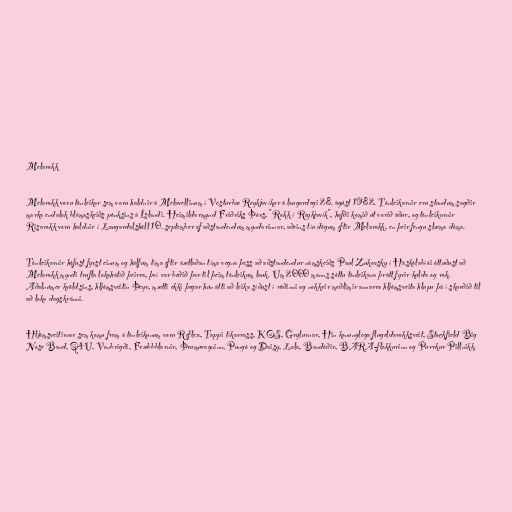
Melarokk

Melarokk voru tónleikar sem voru haldnir á Melavellinum í Vesturbæ Reykjavíkur á laugardegi 28. ágúst 1982. Tónleikarnir eru stundum sagðir
marka endalok blómaskeiðs pönksins á Íslandi. Heimildarmynd Friðriks Þórs, "Rokk í Reykjavík", hafði komið út vorið áður, og tónleikarnir
Risarokk voru haldnir í Laugardalshöll 10. september af aðstandendum myndarinnar, aðeins tíu dögum eftir Melarokk, en þeir fengu slæma dóma.

Tónleikarnir hófust fyrst einum og hálfum tíma eftir áætlaðan tíma vegna þess að aðstandendur námskeiðs Paul Zukovsky í Háskólabíói óttuðust að
Melarokk myndi trufla lokahátíð þeirra, því var beðið þar til þeim tónleikum lauk. Um 2000 manns sóttu tónleikana þrátt fyrir kulda og rok.
Aðalnúmer kvöldsins, hljómsveitin Þeyr, mætti ekki þegar hún átti að leika síðust í röðinni og nokkrir meðlimir annarra hljómsveita hlupu þá í skarðið til
að loka dagskránni.

Hljómsveitirnar sem komu fram á tónleikunum voru Reflex, Tappi tíkarrass, KOS, Grýlurnar, Hin konunglega flugeldarokksveit, Stockfield Big
Nose Band, Q4U, Vonbrigði, Fræbbblarnir, Þrumuvagninn, Pungó og Daisy, Lola, Bandóðir, BARA-flokkurinn og Purrkur Pillnikk.